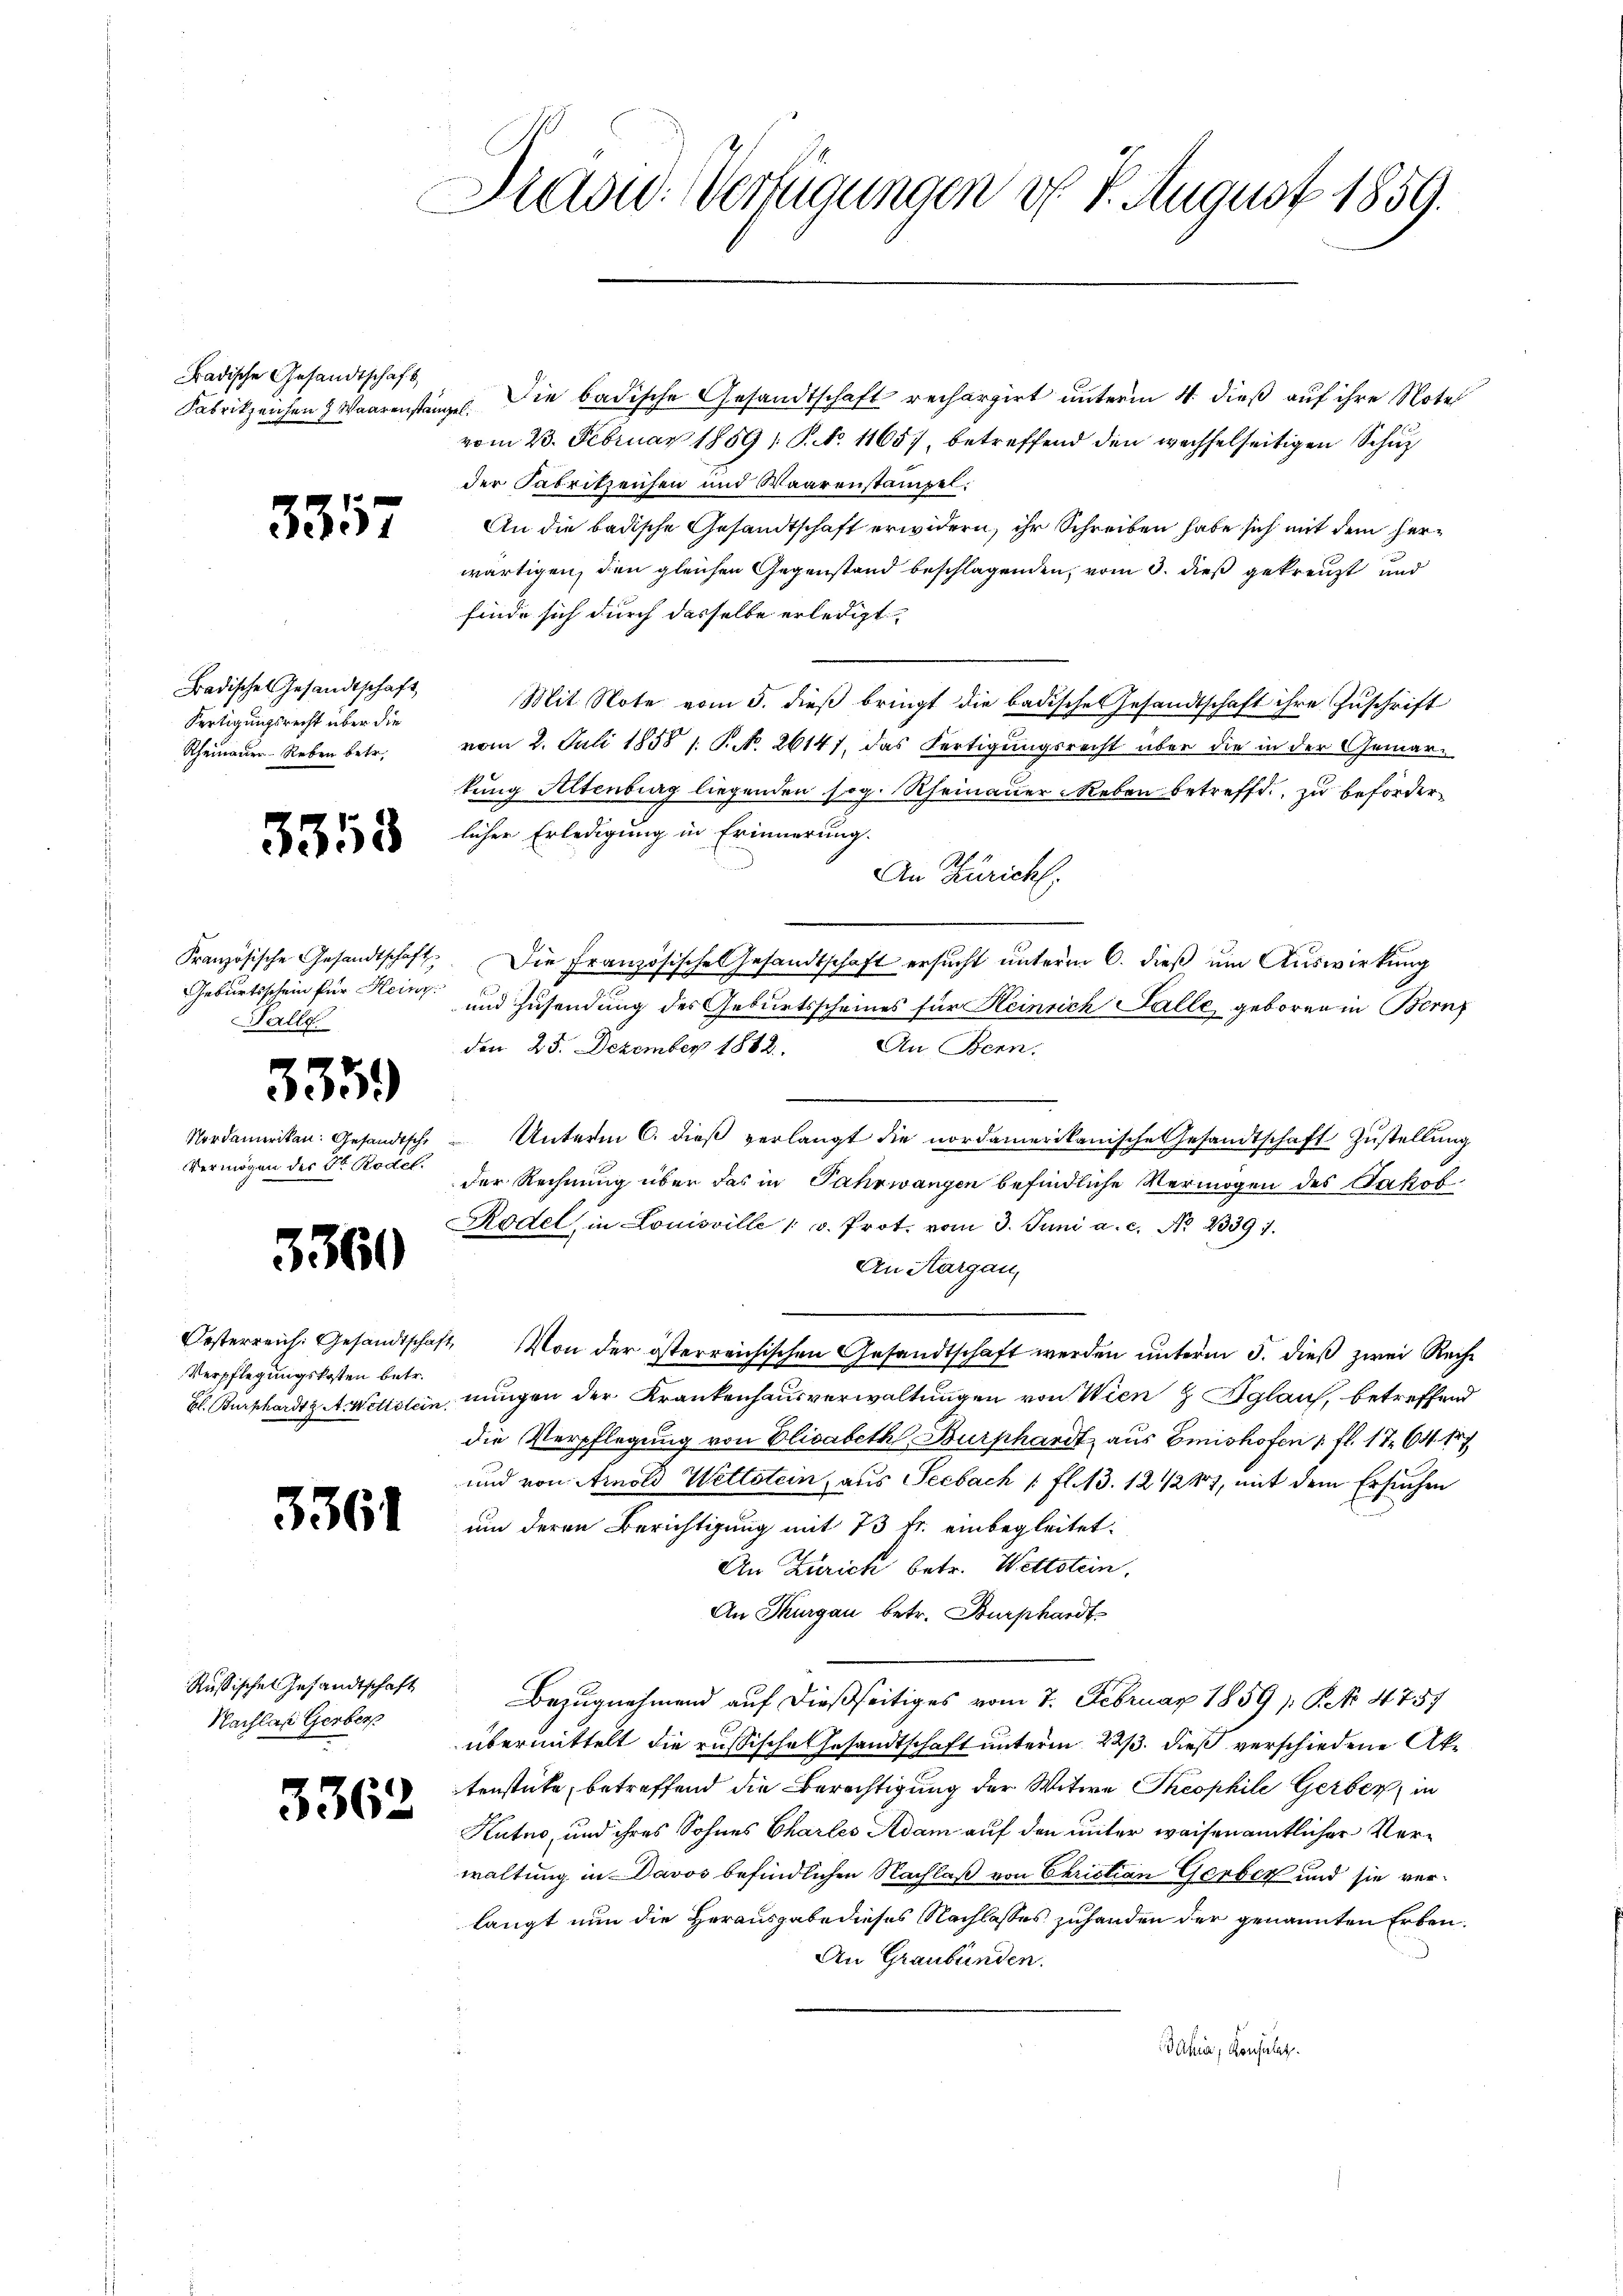
radische Gesandtschaft

3357

Badisches Gesandtschaft
Fertigungsrecht über die
Rheinauer Reben betr.

3358

Geburtsschein für Heinz
Halle

3359)

Nordamerikan. Gesandtsche
Vermögen der Dr. Rodel.

3360

Verpflegungskosten betr.

3361

Russischen Gesandtschaft
Nachlas Gerbers

3362

Pras: Verfügungen d. 1. August 1859.

Fabrikzeichen Waarenstanze. Die badische Gesandtschaft rechargirt unterm 4. dieß auf ihre Note
vom 23. Februar 1859; P. No. 11657, betreffend den wechselseitigen Schuz
der Fabrikzeichen und Waarenstampel.
An die badische Gesandtschaft erwidern, ihr Schreiben habe sich mit dem herwärtigen, den gleichen Gegenstand beschlagenden, vom 3. dieß gekreuzt und
finde sich durch dasselbe erledigt.
Mit Note vom 5. dieß bringt die badisches Gesandtschaft ihre Zuschrift
vom 2. Juli 1858 s. P. N. 26147, das Fertigungsrecht über die in der Gemarkung Altenburg liegenden sog. Rheinauer Neben betreffd., zu beförderlicher Erledigung in Erinnerung.
An Züricht.
Französische Gesandtschaft. Die Französische Gesandtschaft ersucht unterm 6. dieß um Auswirkung
und Zusendung des Geburtsscheines für Heinrich Falle geboren in Bern
den 23. Dezember 1882.
An Bern.
 Unterm 6. dieß verlangt die nordamerikanische Gesandtschaft Zustellung
der Rechnung über das in Jahrwangen befindliche Vermögen des Jakob
Rodel in Louisville 1 v. Prot. vom 3. Juni a. c. No. 2339 1.
An Aargau,
Oesterreich. Gesandtschaft, Von der österreichischen Gesandtschaft werden ŭnterm 5. dieß zwei Reihe
bl. Burkhardts AWettstein, nungen der Krankenhausverwaltungen von Wien glaich, betreffend
die Verpflegung von Elisabeth Burkhardt aus Emishofen 1 fl. 1 764. 187
und von Arnold Wettstein, aus Seebach 1 fl. 13. 12247, mit dem Ersuchen
um deren Berichtigung mit 73 fr. einbegleitet.
An Zürich betr. Wettstein.
An Thurgau betr. Burphardt
Bezugnehmend auf dießseitiges vom 7. Februar 1859 P No 4757
übermittelt die russische Gesandtschaft unterm 22. dieß verschiedene Aktenstücke, betreffend die Berechtigung der Witwe Theophile Gerber, in
Kutno, und ihres Sohnes Chartes Adam auf den unter weisenamtlicher Verwaltung in Davos befindlichen Nachlaß von Christian Gerber und sie verlangt nun die Herausgabe dieses Nachlasses zuhanden der genannten Erben.
An Graubünden.
Bahia, Konsulat